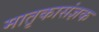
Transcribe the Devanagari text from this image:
मातृकासंज्ञक